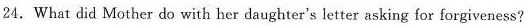
24.What did Mother do with her daughter's letter asking for forgiveness?